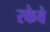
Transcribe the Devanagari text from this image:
रकेवे